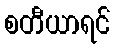
စတီယာရင်